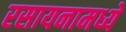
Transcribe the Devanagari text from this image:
रसायनामध्ये